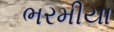
ભરમીયા